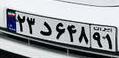
۲۳د۶۴۸۹۱